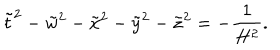
\tilde { t } ^ { 2 } - \tilde { w } ^ { 2 } - \tilde { x } ^ { 2 } - \tilde { y } ^ { 2 } - \tilde { z } ^ { 2 } = - \frac { 1 } { H ^ { 2 } } .